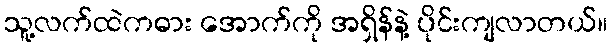
သူ့လက်ထဲကဓား အောက်ကို အရှိန်နဲ့ ပိုင်းကျလာတယ်။